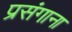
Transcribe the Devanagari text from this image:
प्रसंगाना